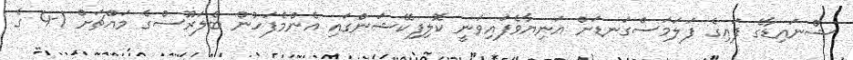
ޝްނައިޑާގެ ފައިގެ ފަލަމަސްގަނޑަށް އަނިޔާވެފައިވަނީ ކޮލިފިކޭޝަންގައި އެންމެފަހުން ބެލަރޫސްގެ މައްޗަށް 1-4 ގެ